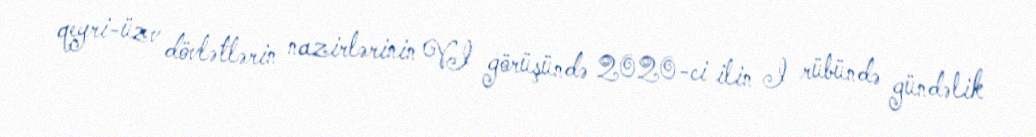
qeyri-üzv dövlətlərin nazirlərinin VI görüşündə 2020-ci ilin I rübündə gündəlik